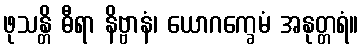
ဖုသန္တိ ဓီရာ နိဗ္ဗာနံ၊ ယောဂက္ခေမံ အနုတ္တရံ။